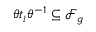
{ \theta t _ { i } \theta ^ { - 1 } \subseteq \mathscr { F } _ { g } }